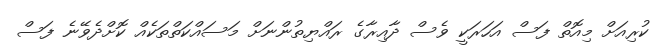
ކުރިއަށް މިއޮތް ފަސް އަހަރަކީ ވެސް ދާއިރާގެ ރައްޔިތުންނަށް މަސައްކަތްތަކެއް ކޮށްދެވޭނެ ފަސް